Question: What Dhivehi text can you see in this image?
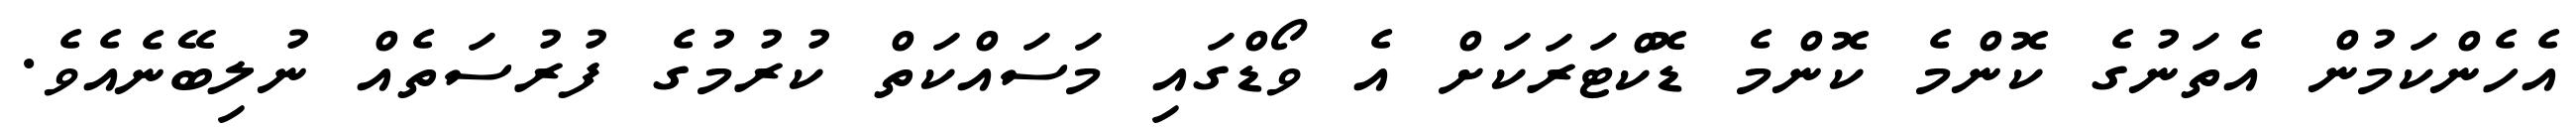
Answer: އެހެންކަމުން އެތަނުގެ ކޮންމެ ކޮންމެ ޑޮކްޓަރަކަށް އެ ވޯޑްގައި މަސައްކަތް ކުރުމުގެ ފުރުސަތެއް ނުލިބޭނެއެވެ.